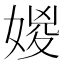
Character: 𡞧